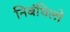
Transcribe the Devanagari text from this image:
निबंधिलो